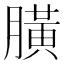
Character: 䐵